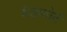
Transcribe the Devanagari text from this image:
बेडफोर्ट